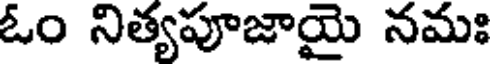
ఓం నిత్యపూజాయై నమః